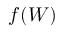
f ( W )